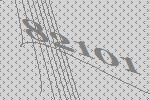
82101